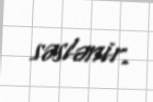
səslənir.